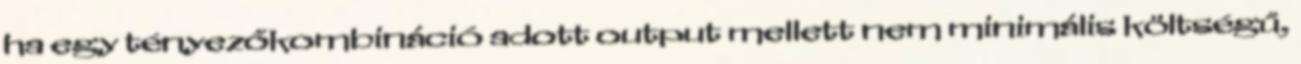
ha egy tényezőkombináció adott output mellett nem minimális költségű,